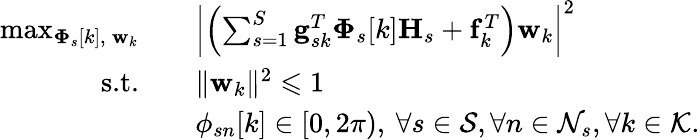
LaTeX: \begin{array}{rl}{\operatorname*{max}_{\boldsymbol{\Phi}_{s}[k],\: \mathbf{w}_{k}}\quad}&{\left|\left(\sum_{s=1}^{S}\mathbf{g}_{sk}^{T}\boldsymbol{\Phi}_{s}[k]\mathbf{H}_{s}+\mathbf{f}_{k}^{T}\right)\mathbf{w}_{k}\right|^{2}}\\ {\textrm{s.t.}\quad}&{\| \mathbf{w}_{k}\| ^{2}\leqslant 1}\\ {\quad}&{\phi_{sn}[k]\in[0,2\pi),\: \forall s\in\mathcal{S},\forall n\in\mathcal{N}_{s},\forall k\in\mathcal{K}.}\end{array}